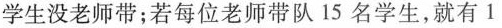
学生没老师带；若每位老师带队15名学生，就有1